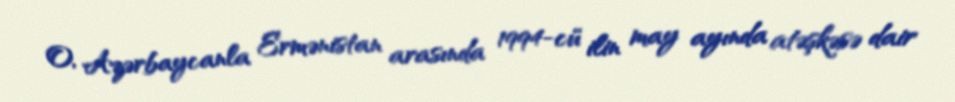
O, Azərbaycanla Ermənistan arasında 1994-cü ilin may ayında atəşkəsə dair